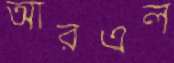
আরএল